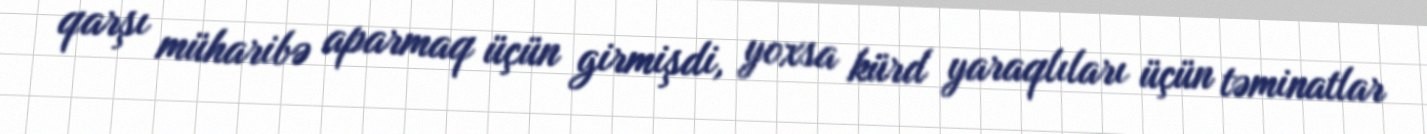
qarşı müharibə aparmaq üçün girmişdi, yoxsa kürd yaraqlıları üçün təminatlar